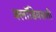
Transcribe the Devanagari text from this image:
क्लॉडियसशी